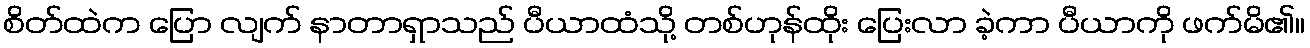
စိတ်ထဲက ပြော လျက် နာတာရှာသည် ပီယာထံသို့ တစ်ဟုန်ထိုး ပြေးလာ ခဲ့ကာ ပီယာကို ဖက်မိ၏။